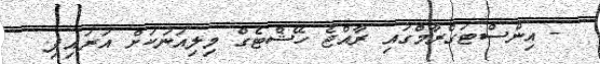
- އިންސްޓަގްރާމްގައި ރާއްޖެ ހޭޝްޓެގް މިލިއަނަކަށް އަރައިފި.